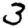
Digit: 3